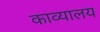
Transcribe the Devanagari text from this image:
काव्यालय